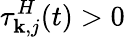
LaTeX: \tau_{\mathbf{k},j}^{H}(t)>0